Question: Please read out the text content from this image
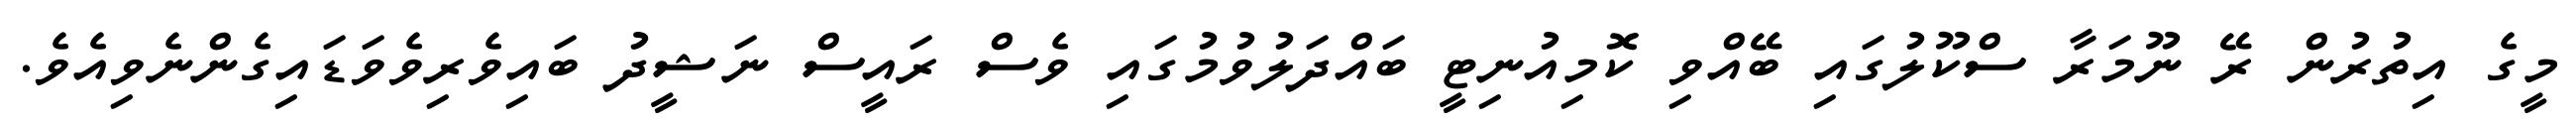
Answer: މީގެ އިތުރުން ރޭ ނޫމަރާ ސްކޫލުގައި ބޭއްވި ކޮމިއުނިޓީ ބައްދަލުވުމުގައި ވެސް ރައީސް ނަޝީދު ބައިވެރިވެވަޑައިގެންނެވިއެވެ.